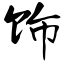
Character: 饰